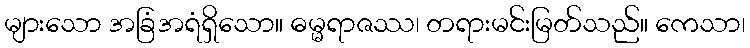
များသော အခြံအရံရှိသော။ ဓမ္မရာဇဿ၊ တရားမင်းမြတ်သည်။ ကေသာ၊